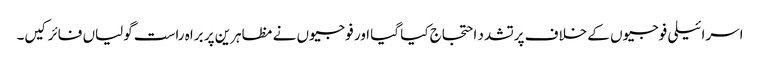
اسرائیلی فوجیوں کے خلاف پرتشدد احتجاج کیا گیا اور فوجیوں نے مظاہرین پر براہ راست گولیاں فائر کیں۔